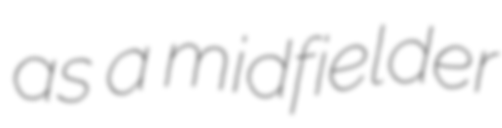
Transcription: as a midfielder